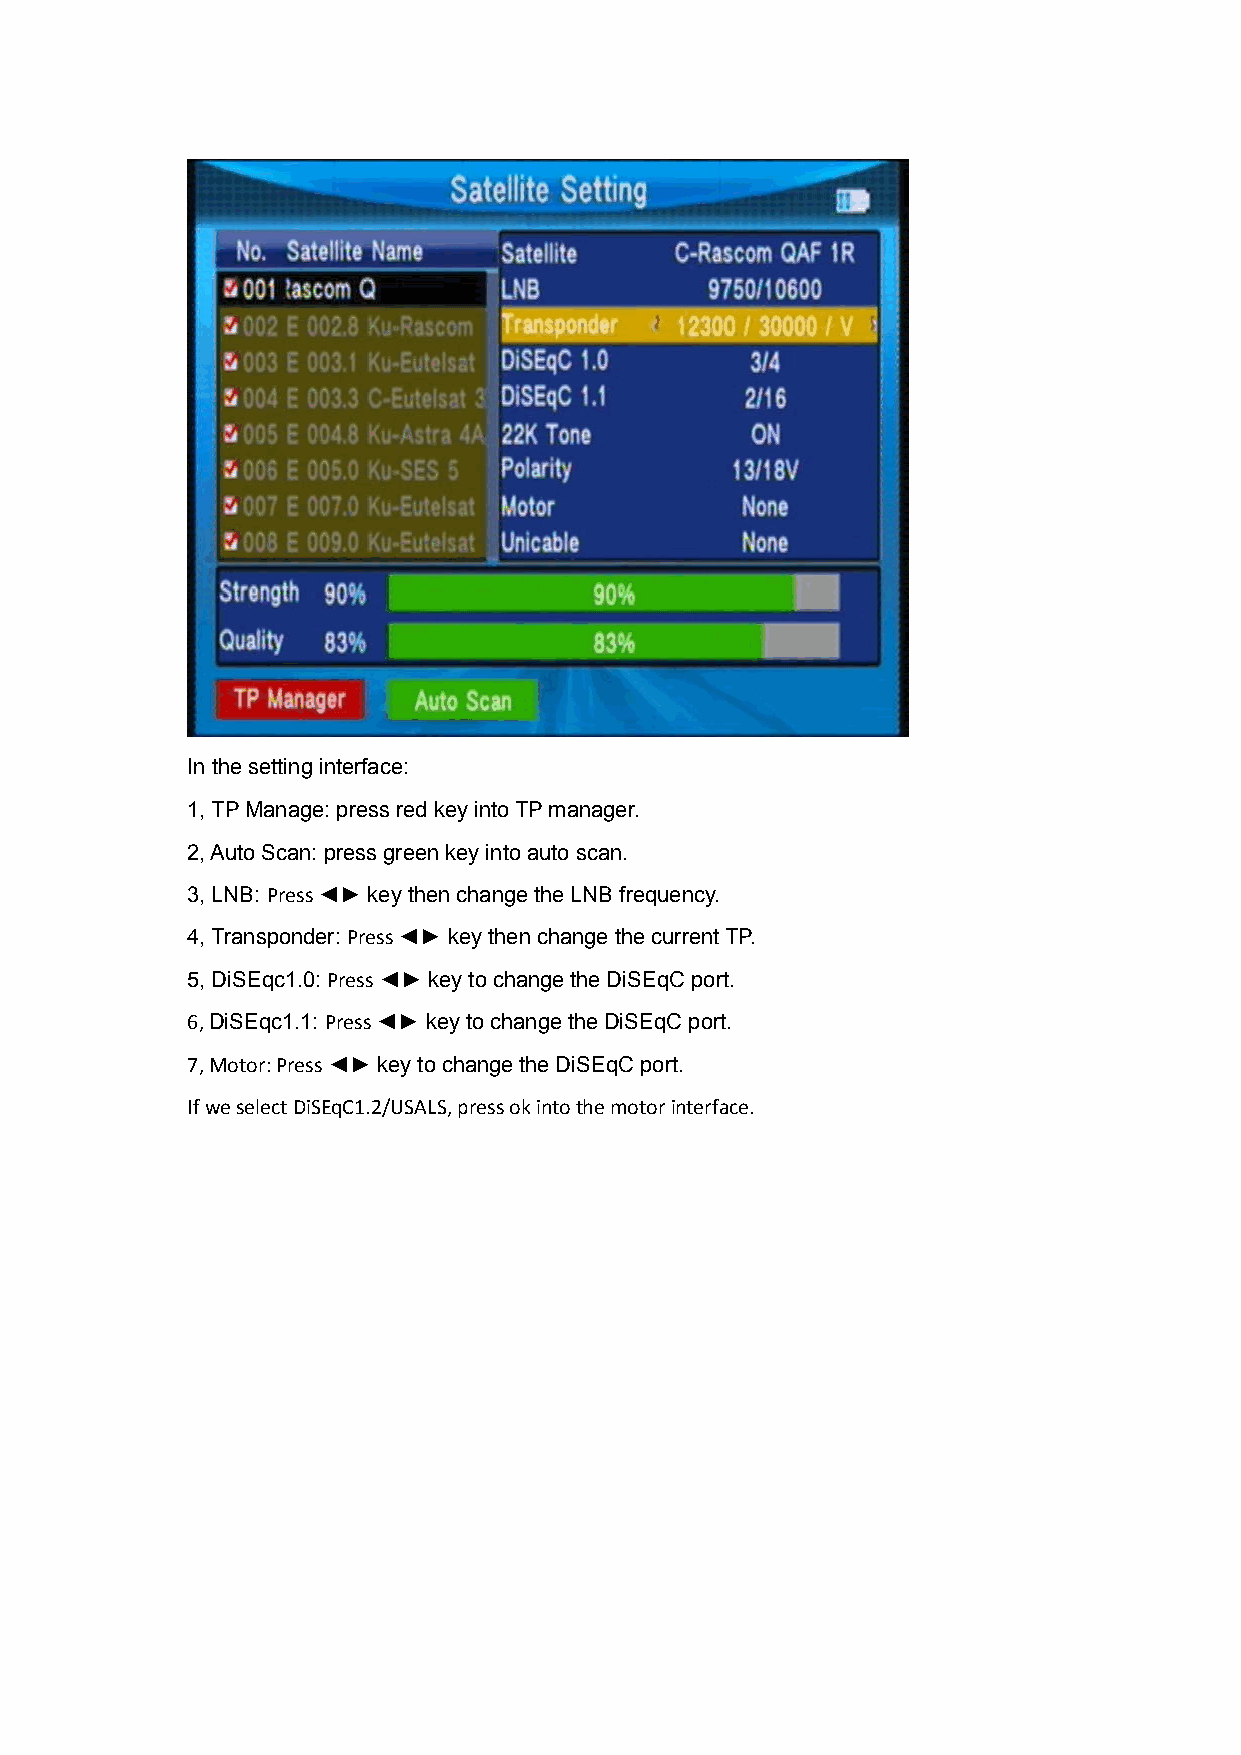
In the setting interface:
 1, TP Manage: press red key into TP manager.
 2, Auto Scan: press green key into auto scan.
 3, LNB: Press ◄► key then change the LNB frequency.
 4, Transponder: Press ◄► key then change the current TP.
 5, DiSEqc1.0: Press ◄► key to change the DiSEqC port.
 6, DiSEqc1.1: Press ◄► key to change the DiSEqC port.
 7, Motor: Press ◄► key to change the DiSEqC port.
 If we select DiSEqC1.2/USALS, press ok into the motor interface.